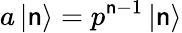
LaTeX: a\left|\mathsf{n}\right\rangle=p^{\mathsf{n}-1}\left|\mathsf{n}\right\rangle